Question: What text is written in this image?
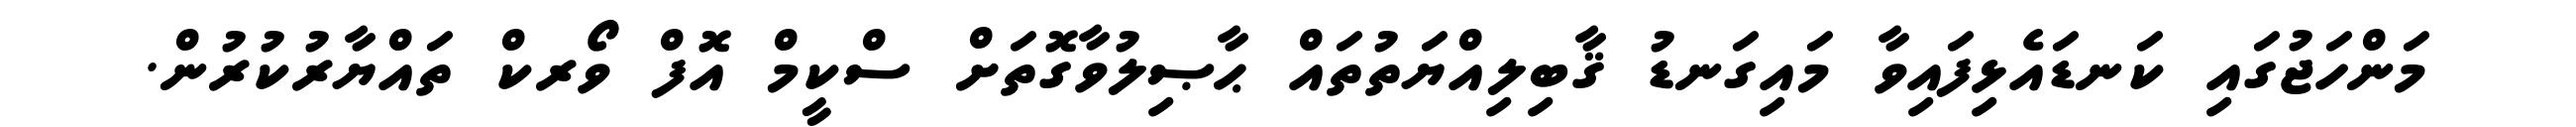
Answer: މަންހަޖުގައި ކަނޑައެޅިފައިވާ މައިގަނޑު ޤާބިލިއްޔަތުތައް ޙާޞިލުވާގޮތަށް ސްކީމް އޮފް ވޯރކް ތައްޔާރުކުރުން.